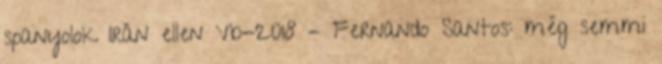
spanyolok Irán ellen Vb-2018 – Fernando Santos: még semmi